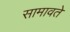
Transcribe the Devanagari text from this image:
सामावते